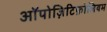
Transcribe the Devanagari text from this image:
ऑपोज़िटिफ़ोलियम